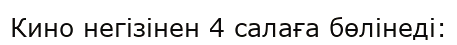
Кино негізінен 4 салаға бөлінеді: